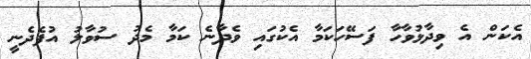
އެކަން އެ ވިދާޅުވާހާ ފަސޭހަކަމާ އެކުގައި ވެދާނެ ކަމާ މެދު ސުވާލު އުފެދެނީ